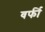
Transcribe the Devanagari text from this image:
वर्फी